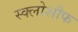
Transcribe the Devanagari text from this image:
स्क्लोशौफ